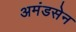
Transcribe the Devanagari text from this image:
अमंडसेन